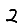
Digit: 2